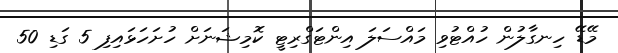
މޭޑޭ ހިނގާލުން ހުއްޓުވި މައްސަލަ އިންޓަގްރިޓީ ކޮމިޝަނަށް ހުށަހަޅައިފި 5 ގަޑި 50